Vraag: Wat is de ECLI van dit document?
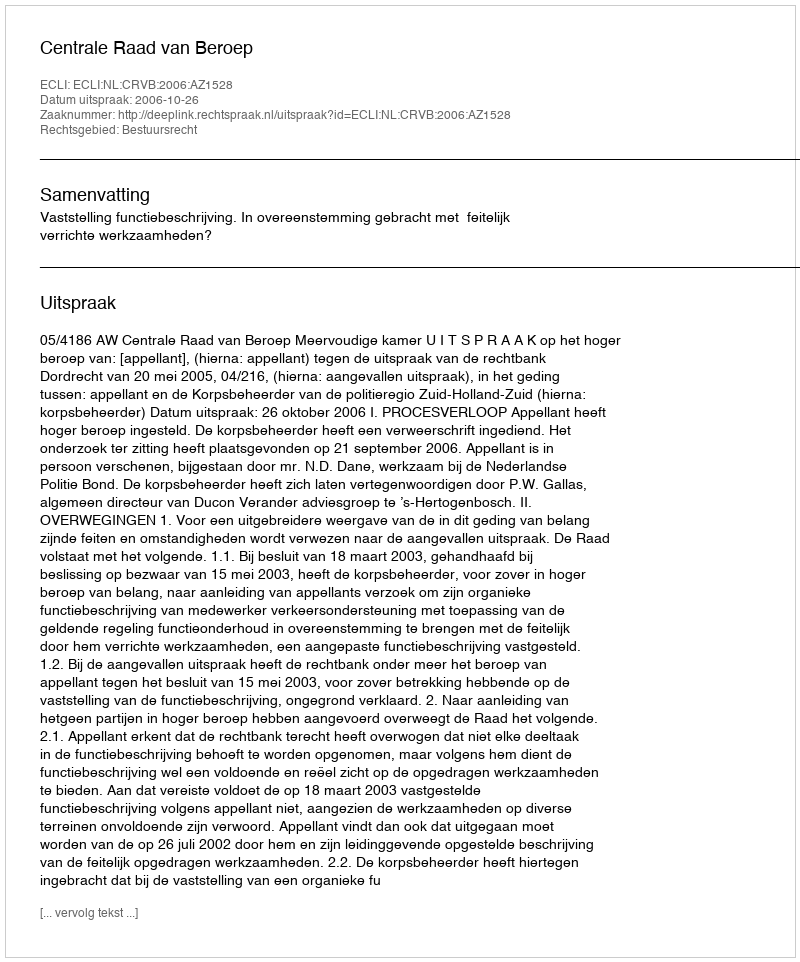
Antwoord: ECLI:NL:CRVB:2006:AZ1528